NAE_ERA_R-2362_Emakeele_Selts, lk 42
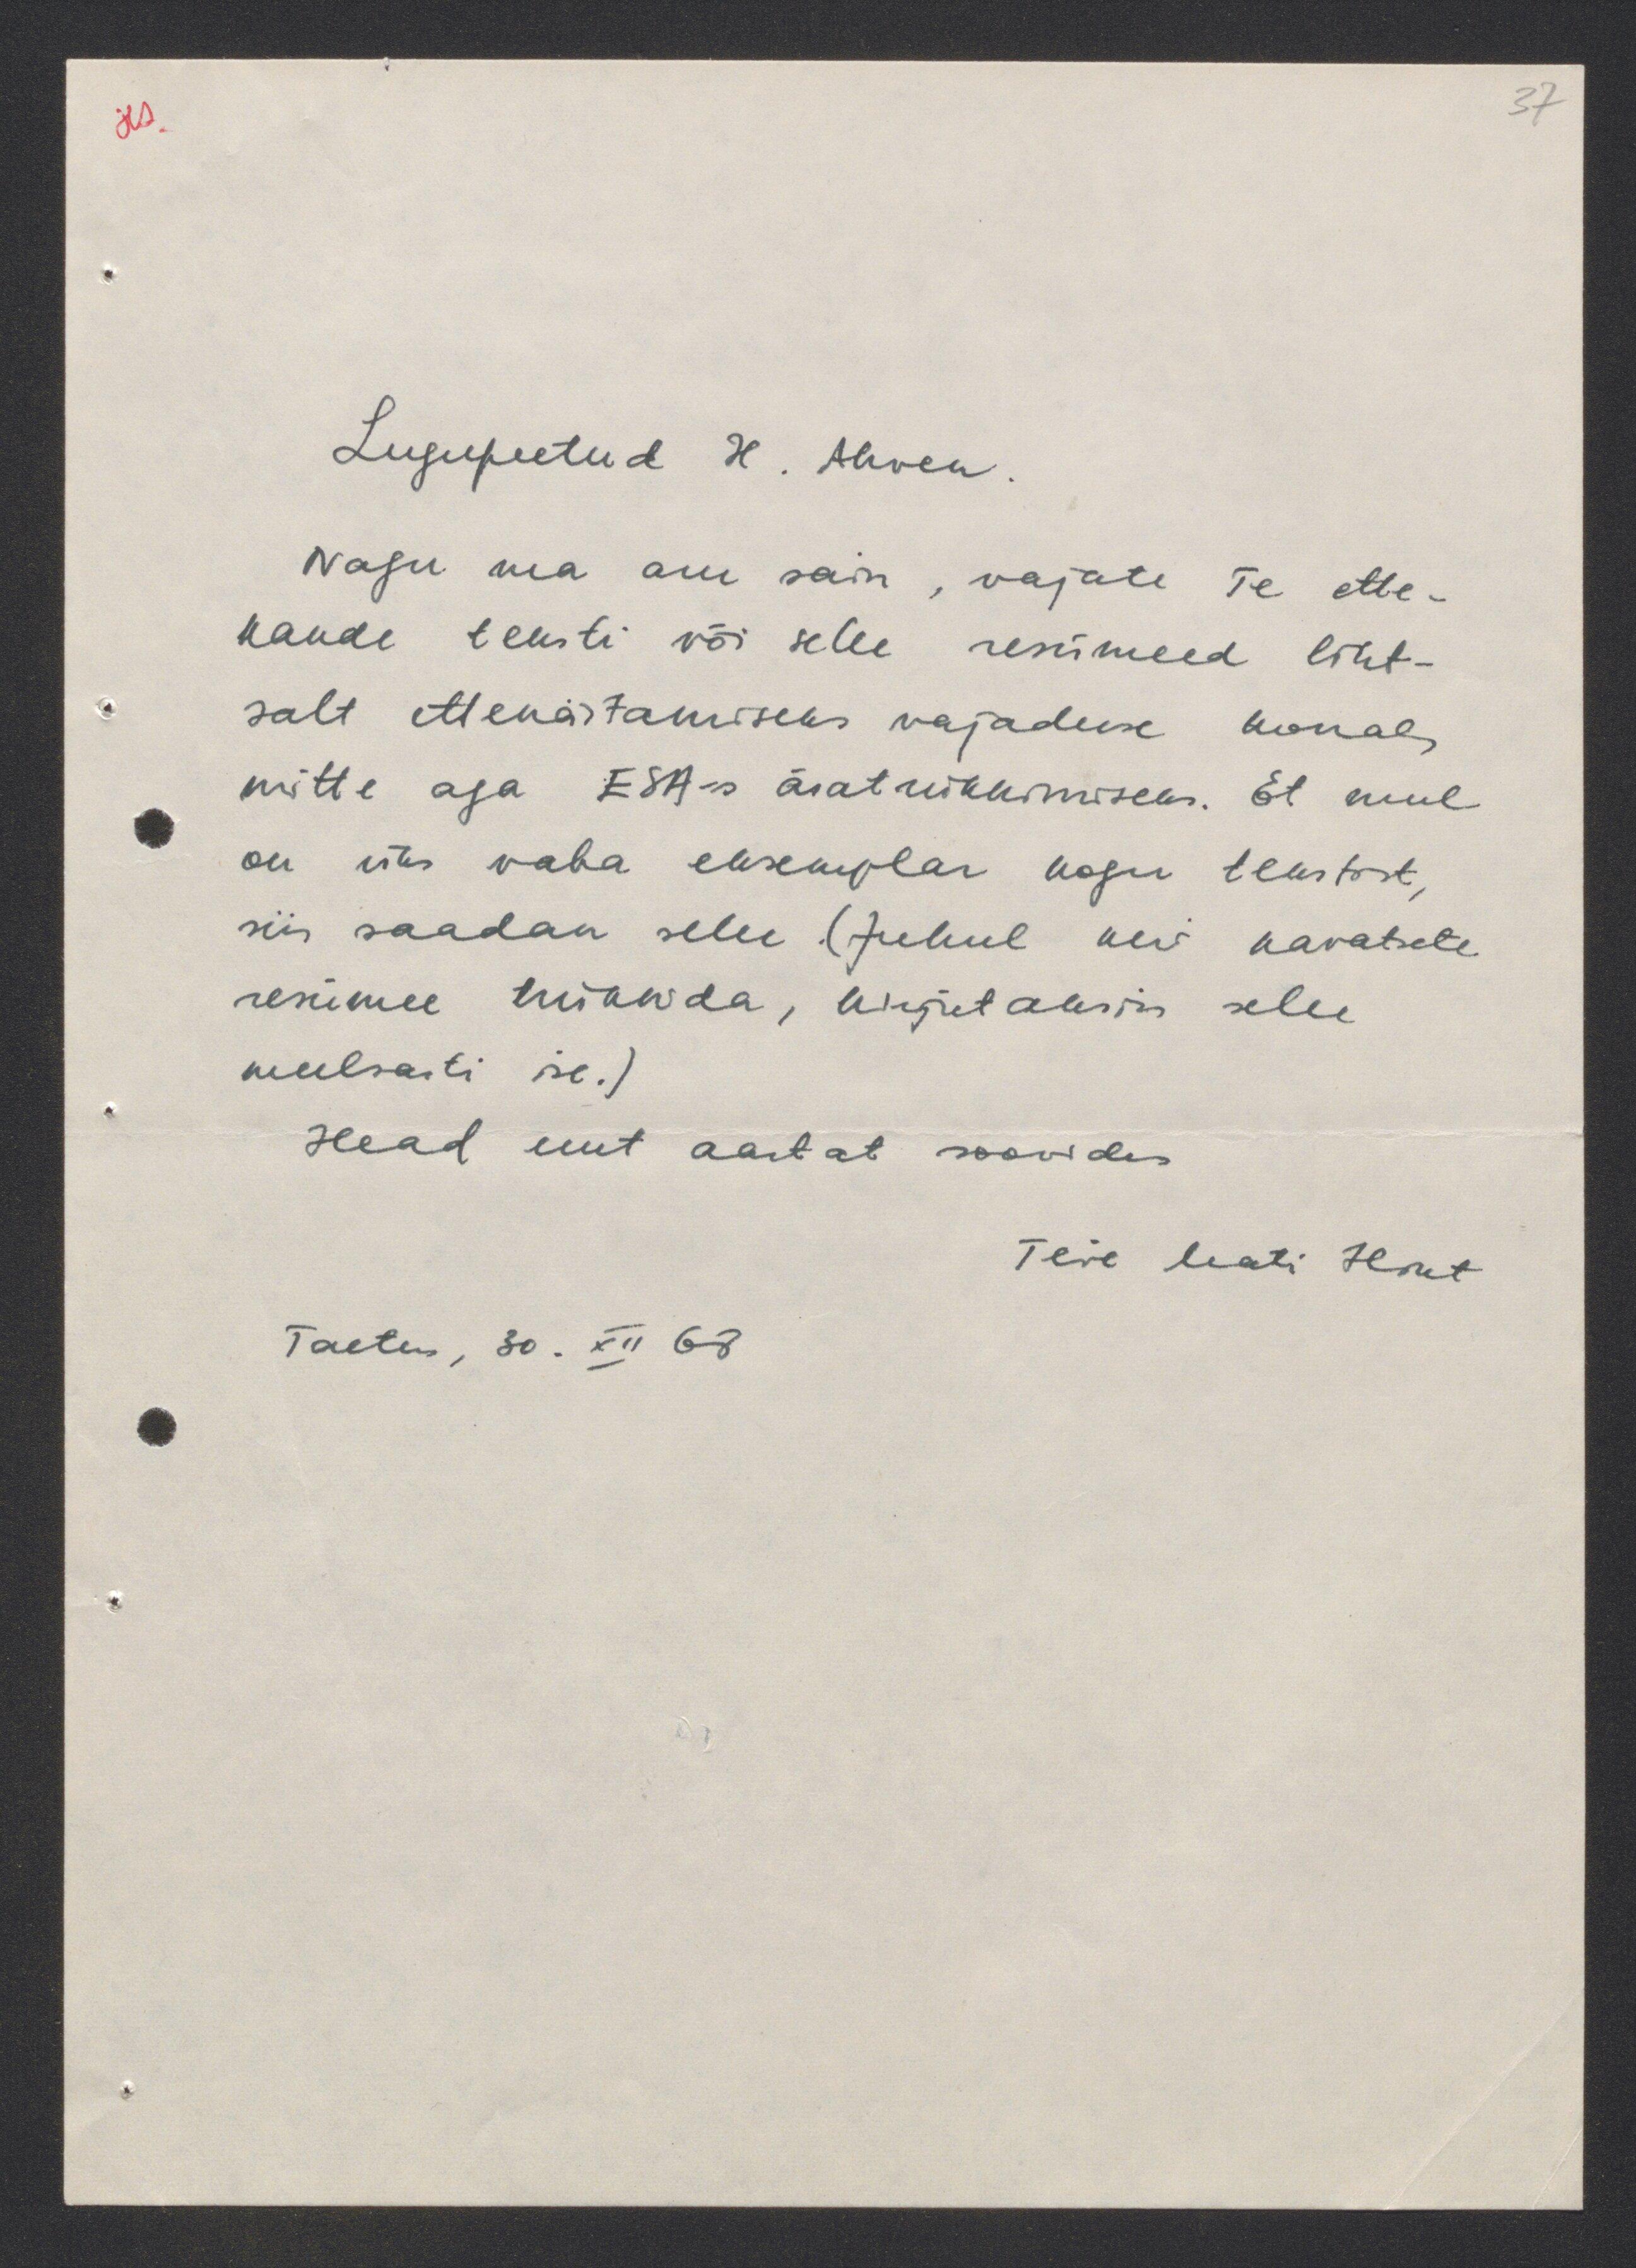
37

Lugupeetud H. Ahven.
Nagu ma aru sain, vajate Te ette-
kande teksti või selle resümeed liht-
salt ettenäitamiseks vajaduse korral,
mitte aga ESA-s äratrükkimiseks. Et mul
on üks vaba eksemplar kogu tekstist,
siis saadan selle. (Juhul kui kavatsete
resümee trükkida, kirjutaksin selle
meelsasti ise.)
Head uut aastat soovides
Teie Mati Hint
Tartus, 30. XII 68